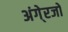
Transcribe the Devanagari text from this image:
अंगे्रजो